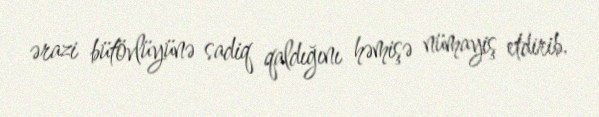
ərazi bütövlüyünə sadiq qaldığını həmişə nümayiş etdirib.